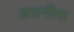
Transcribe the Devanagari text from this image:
अशनींना